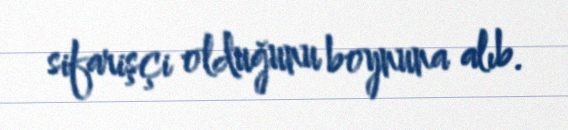
sifarişçi olduğunu boynuna alıb.